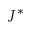
J ^ { * }